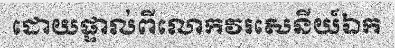
ដោយផ្ទាល់ពីលោកវរសេនីយ៍ឯក